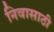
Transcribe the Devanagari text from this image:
निवासाठी